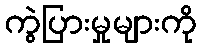
ကွဲပြားမှုများကို